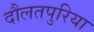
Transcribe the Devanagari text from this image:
दौलतपुरिया